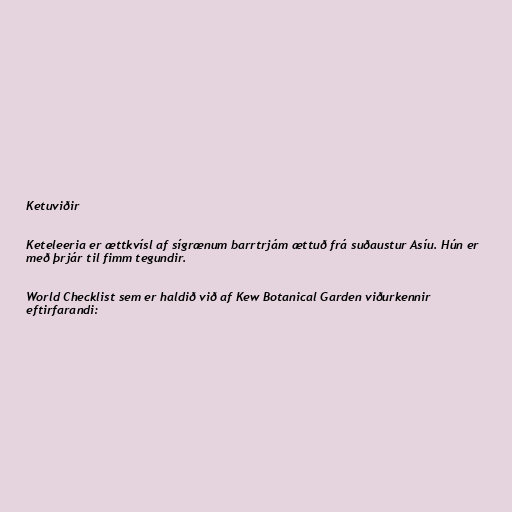
Ketuviðir

Keteleeria er ættkvísl af sígrænum barrtrjám ættuð frá suðaustur Asíu. Hún er
með þrjár til fimm tegundir.

World Checklist sem er haldið við af Kew Botanical Garden viðurkennir
eftirfarandi: